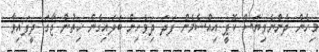
މިހެން ދެންނެވިޔަސް ކޮޕީ އިއްސެމެން ފަދަ ދިވެހިން ބަލައިގެން ހިތުން ޖާގަ ދީފައިވާ